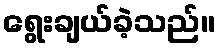
ရွေးချယ်ခဲ့သည်။